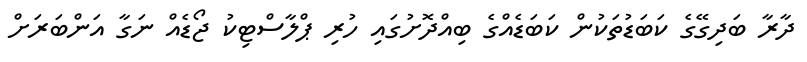
ދާރާ ބަދިގޭގެ ކަބަޑުތަކުން ކަބަޑެއްގެ ބިއްދޮށުގައި ހުރި ޕްލާސްޓިކު ޖޯޑެއް ނަގާ އަންބަރަށް